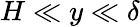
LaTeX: H\ll y\ll\delta